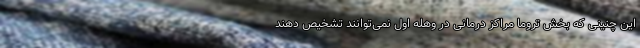
این چنینی که بخش تروما مراکز درمانی در وهله اول نمی‌توانند تشخیص دهند